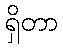
ရှိတာ